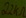
Text: 22kΩ